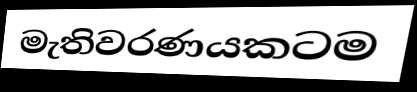
මැතිවරණයකටම